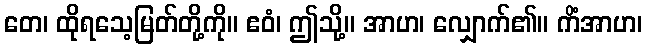
တေ၊ ထိုရသေ့မြတ်တို့ကို။ ဧဝံ၊ ဤသို့။ အာဟ၊ လျှောက်၏။ ကိံအာဟ၊